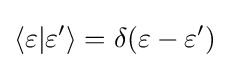
\langle \varepsilon |\varepsilon '\rangle =\delta (\varepsilon -\varepsilon ')